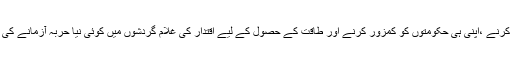
ہماری عسکری قیادت اپنی ہی سیاسی قیادت کو بے لباس کرنے ،اپنی ہی حکومتوں کو کمزور کرنے اور طاقت کے حصول کے لیے اقتدار کی غلام گردشوں میں کوئی نیا حربہ آزمانے کی بجائے ان دہشت گردوں سے آخری معرکہ کب لڑے گی؟